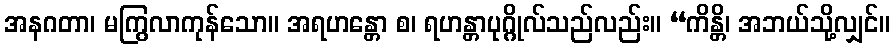
အနဂတာ၊ မကြွလာကုန်သော။ အရဟန္တော စ၊ ရဟန္တာပုဂ္ဂိုလ်သည်လည်း။ “ကိန္တိ၊ အဘယ်သို့လျှင်။